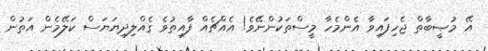
އޭ މުޞީބާތް ޖެހިފައިވާ އެންމެހާ މީސްތަކުންނޭވެ! އެއްޗެއް ފާއިތުވެ ގެއްލިދިޔަޔަސް ކަލޭމެން އަތުން